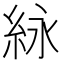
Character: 𬗊